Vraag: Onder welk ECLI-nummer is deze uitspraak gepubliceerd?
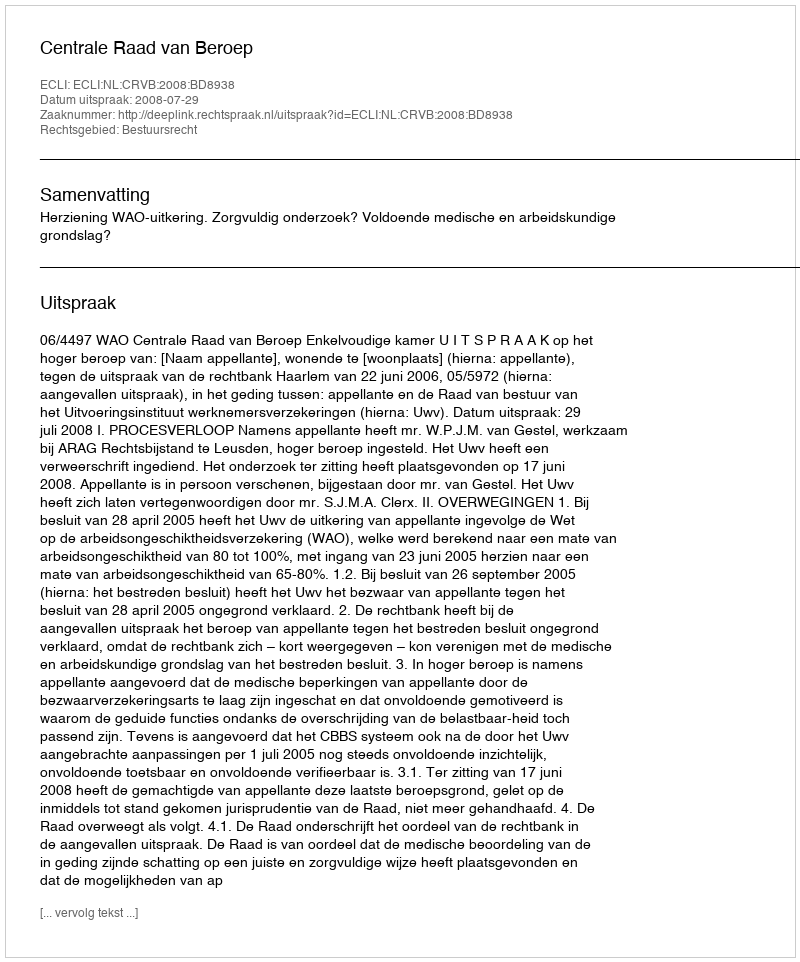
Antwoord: ECLI:NL:CRVB:2008:BD8938